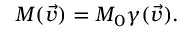
M ( \vec { v } ) = M _ { 0 } \gamma ( \vec { v } ) .